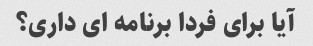
آیا برای فردا برنامه ای داری؟